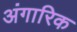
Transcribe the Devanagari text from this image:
अंगारिक